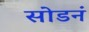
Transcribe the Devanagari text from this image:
सोडनं